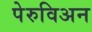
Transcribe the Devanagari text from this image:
पेरुविअन